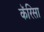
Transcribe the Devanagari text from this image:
कॅरिसा